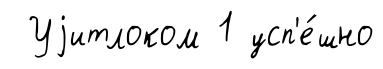
Уjитлоком 1 усп'е́шно